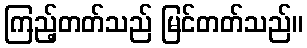
ကြည့်တတ်သည် မြင်တတ်သည်။